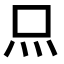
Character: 𤆗